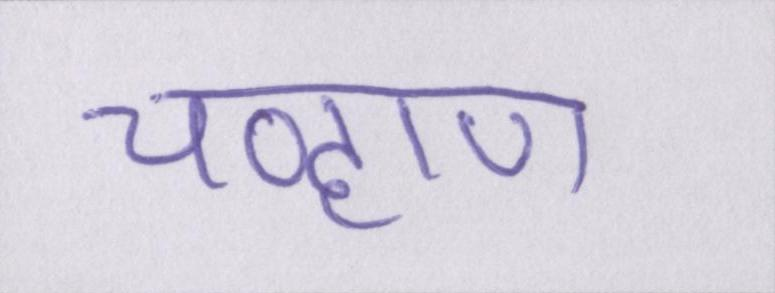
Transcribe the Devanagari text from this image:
चव्हाण